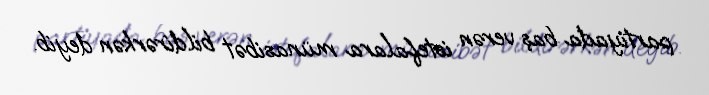
partiyada baş verən istefalara münasibət bildirərkən deyib.